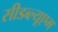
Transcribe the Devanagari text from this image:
सीडब्ल्यूएम